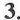
3.